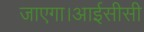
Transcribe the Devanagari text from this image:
जाएगा।आईसीसी